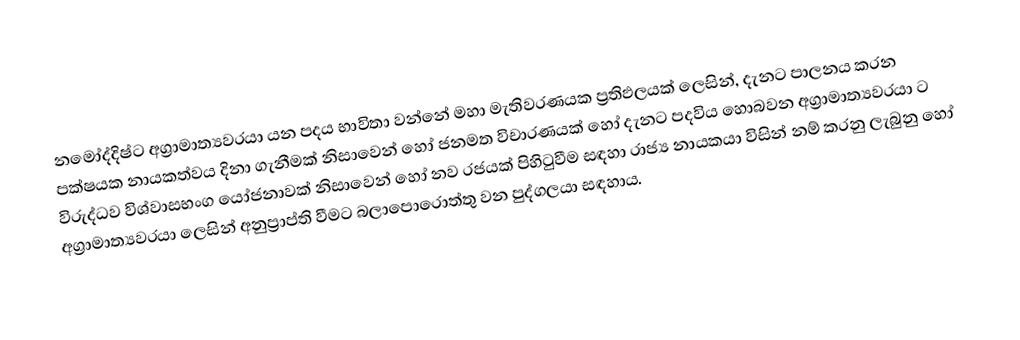
නමෝද්දිෂ්ට අග්‍රාමාත්‍යවරයා යන පදය භාවිතා වන්නේ  මහා මැතිවරණයක ප්‍රතිඵලයක් ලෙසින්, දැනට පාලනය කරන පක්ෂයක නායකත්වය දිනා ගැනීමක් නිසාවෙන් හෝ  ජනමත විචාරණයක් හෝ දැනට පදවිය හොබවන අග්‍රාමාත්‍යවරයා ට විරුද්ධව  විශ්වාසභංග යෝජනාවක් නිසාවෙන් හෝ නව රජයක් පිහිටුවීම සඳහා රාජ්‍ය නායකයා විසින් නම් කරනු ලැබුනු හෝ අග්‍රාමාත්‍යවරයා ලෙසින් අනුප්‍රාප්ති වීමට බලාපොරොත්තු වන පුද්ගලයා සඳහාය.